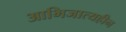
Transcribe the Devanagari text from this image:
आभिजात्यहीन